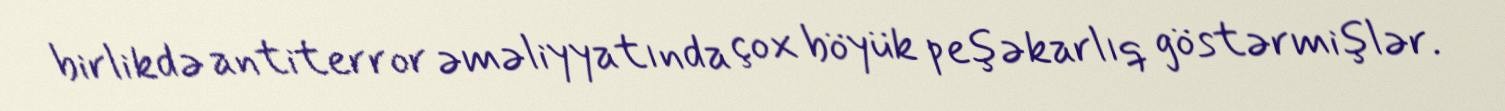
birlikdə antiterror əməliyyatında çox böyük peşəkarlıq göstərmişlər.